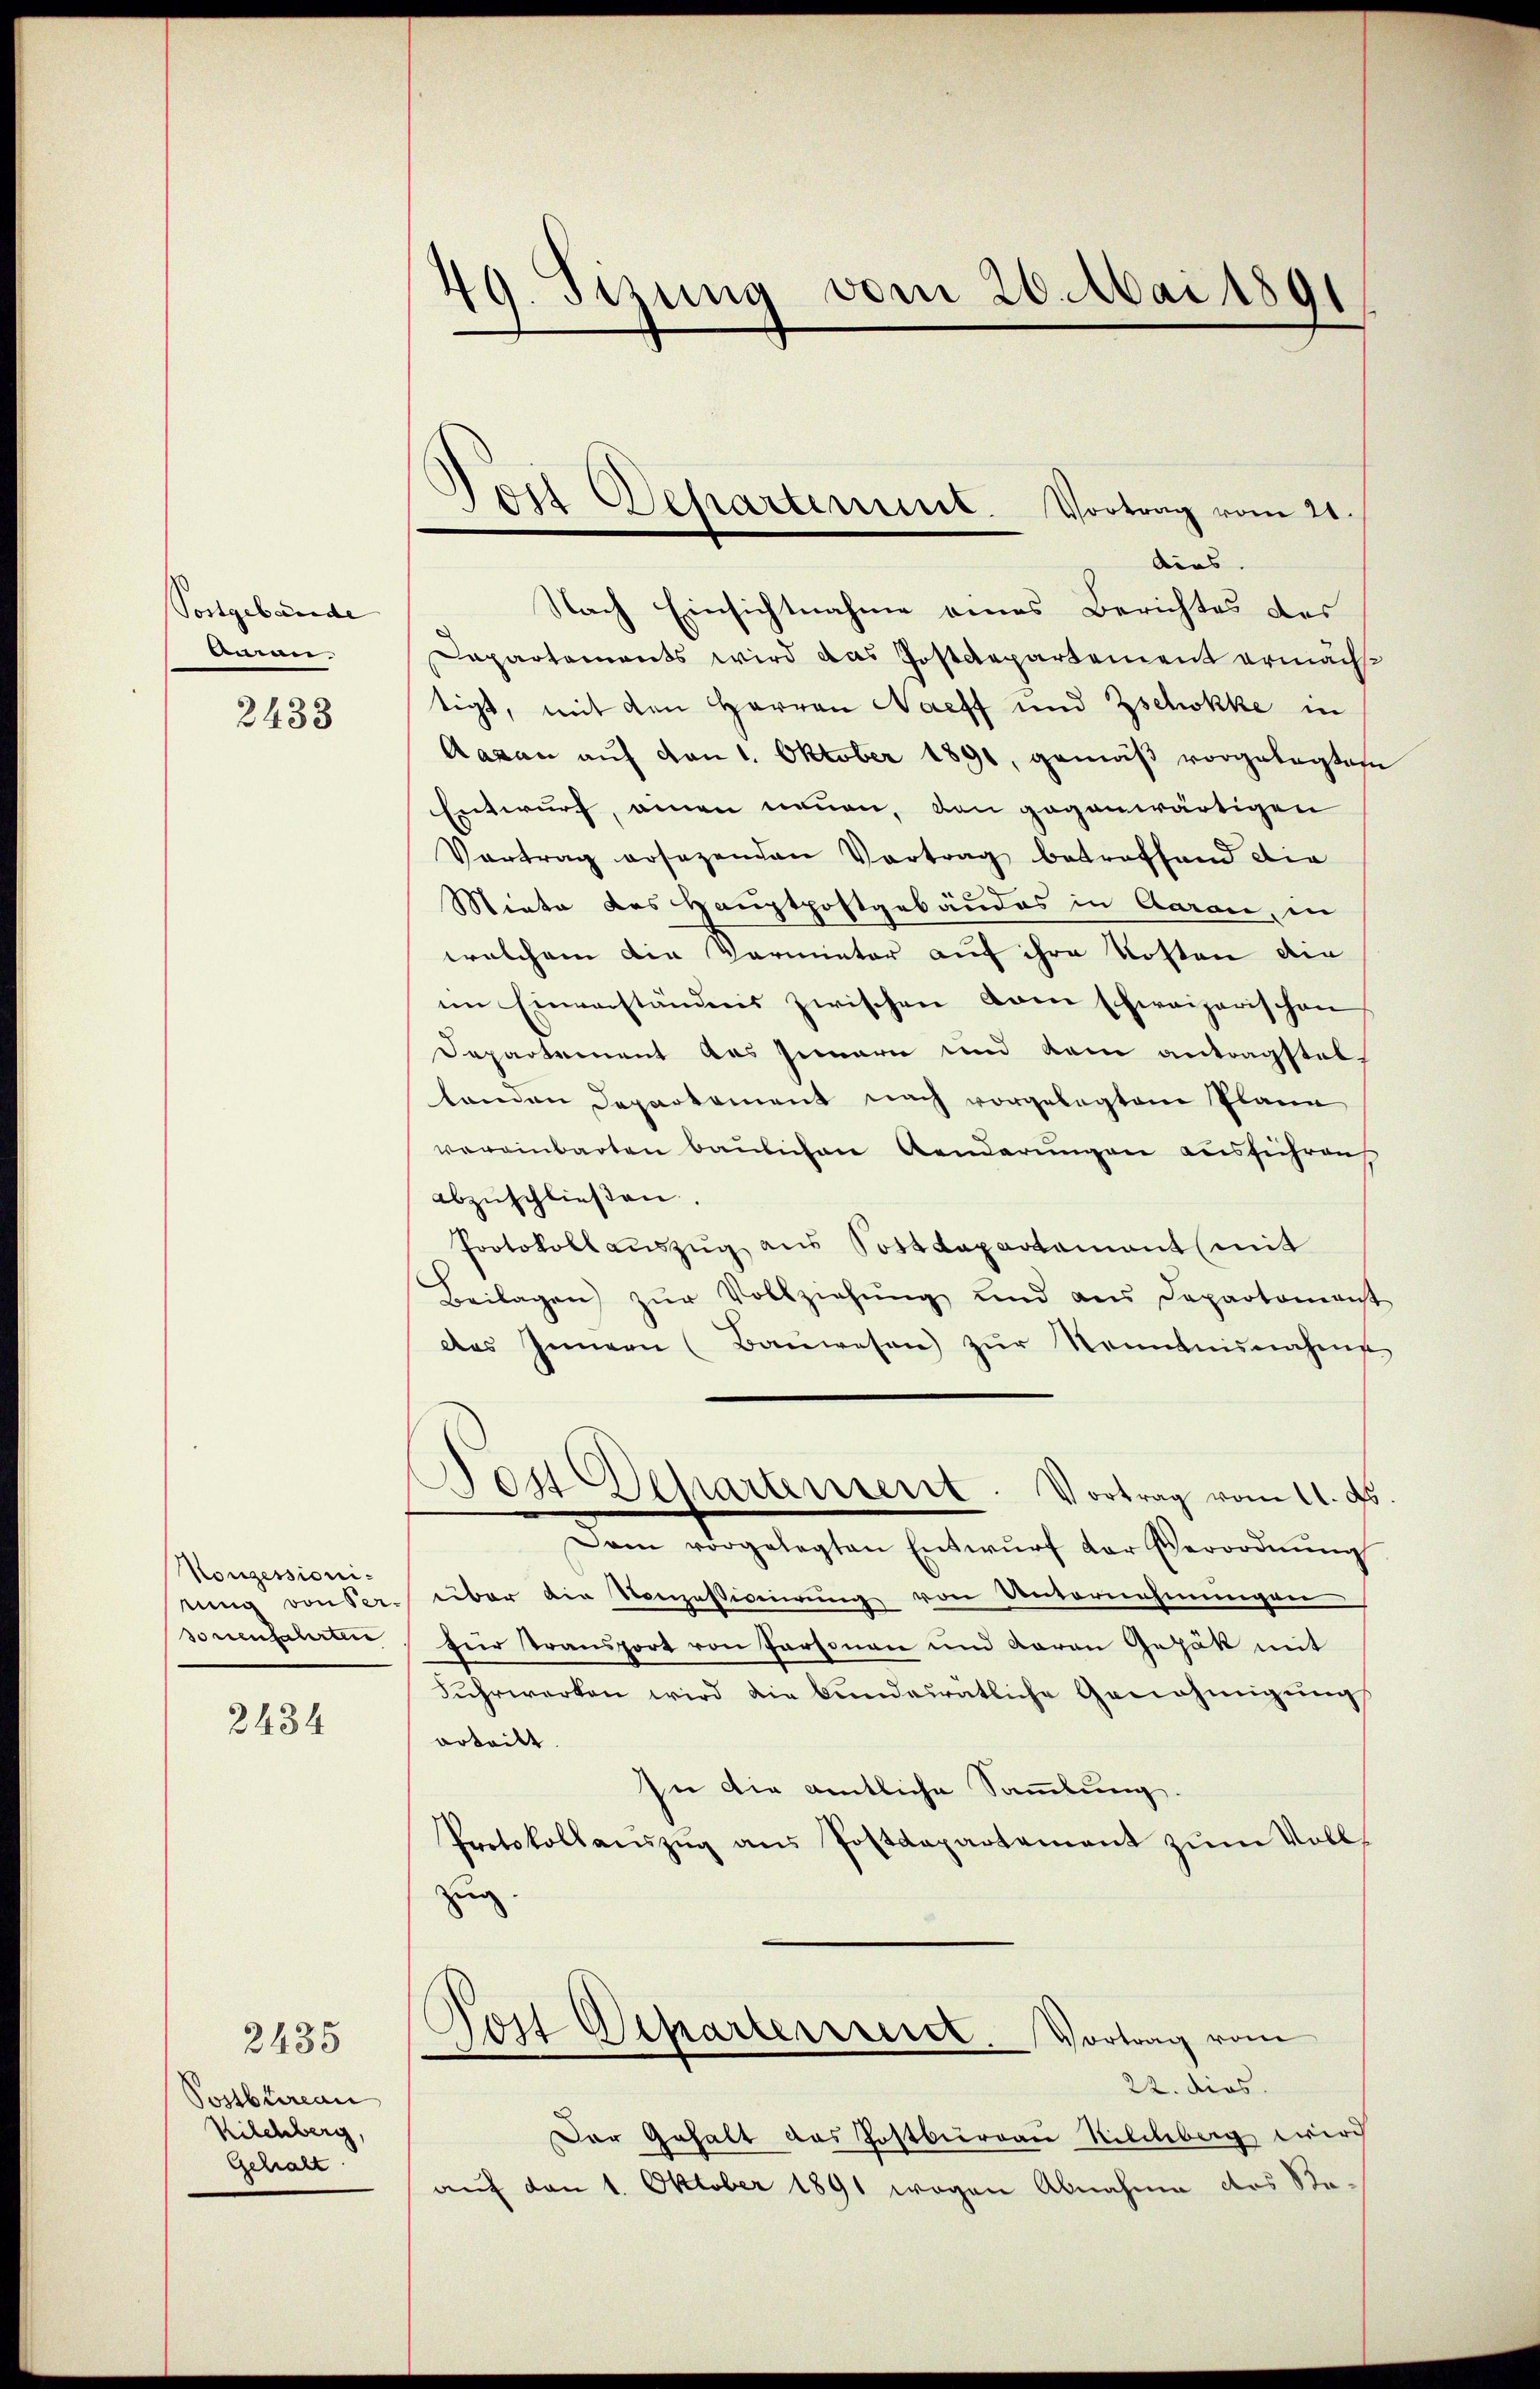
Postgebäude
Aman |

2438

Konzessioninung von dersonenfahrten

2434

2435
Postbureau
Kilchberg,
Gehalt

49. Sizung vom 20. Mai 1891

Tor Departement. Vortrag vom 21.

dius.
Nach Einsichtnahme eines Berichtes des
Dapartements wird das Postdepartement ermächt
tigt, mit den Herren Nacht und Zschokke in
Aasan auf von 1. Oktober 1891, gemäß vorgelegten
Entwurf, einen neuen, den gegenwärtigen
Vertrag ersezenden Vortrag betreffend die
Miete das Hauptpostgebäudes in Aarau, in
welchem die Vormieter auf ihre Kosten den
im Einverständnis zwischen vom schweizerischen
Departement aus seinern und kam antragsteltanden Departement nach vorgelegten Plane
vereinbarten baulichen Aenderungen ausführen
abzŭschließen.
Protokollauszug aus Sostdepartement mit
Beilagen zŭr Vollziehŭng und aus Departament
des Innern (Baŭwesen zŭr Nenntnisnahme
Post Departement. Vortrag vom 11. ds.
Dam vorgelegten Entwŭrf der Verordnŭng
über die Vonzessiviierung von Unternehmungen
für Transport von Personau und daran Gepäk mit
Fŭhrwerken wird die bunderratliche Genehmigŭng
orteilt.
In die amtliche Sammlung.
Protokollanszŭg aŭs Postdepartement zŭm Voll-
Zug.
Post Departerrect. Vortrag vom
22. dies
Der Gehalt das Postbureau Kilchberg wird
auf den 1. Oktober 1891 wegen Abnahme des Sta-